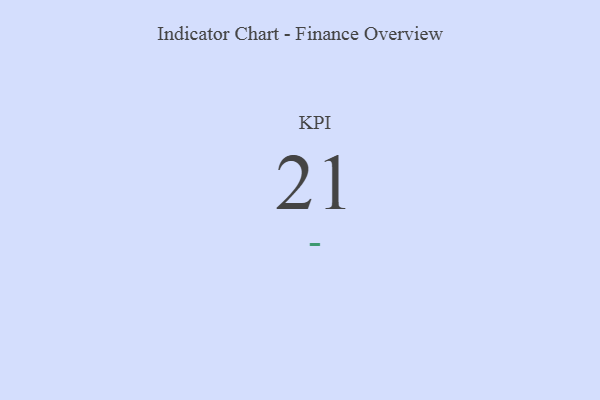
{"axis": {"x": "KPI", "y": "Value"}, "legend": [""], "data": [{"x": "KPI", "y": 21, "type": ""}]}